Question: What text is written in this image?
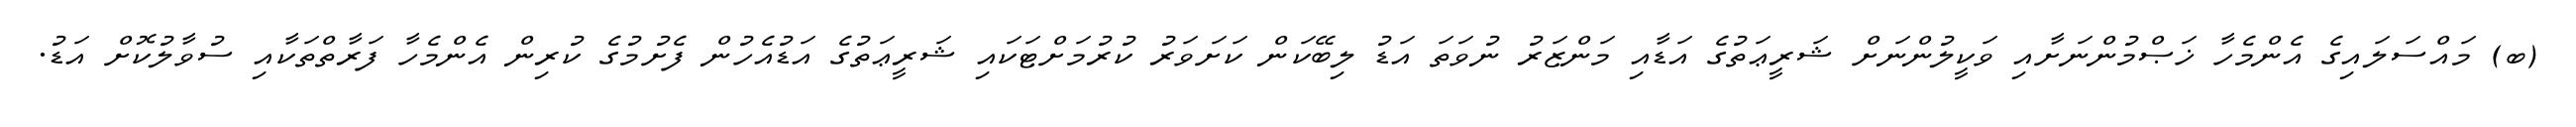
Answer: (ބ) މައްސަލައިގެ އެންމެހާ ޚަޞްމުންނަށާއި ވަކީލުންނަށް ޝަރީޢަތުގެ އަޑާއި މަންޒަރު ނުވަތަ އަޑު ލިބޭކަން ކަށަވަރު ކުރުމަށްޓަކައި ޝަރީޢަތުގެ އަޑުއެހުން ފެށުމުގެ ކުރިން އެންމެހާ ފަރާތްތަކާއި ސުވާލުކޮށް އަޑު.